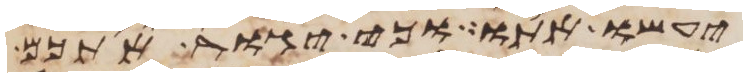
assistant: יעשו אתו וכי יגור אתכם